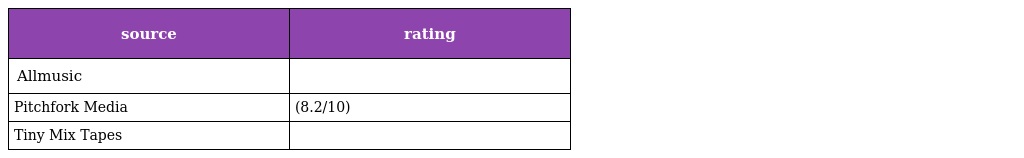
| source | rating |
 | --- | --- |
 | Allmusic |  |
 | Pitchfork Media | (8.2/10) |
 | Tiny Mix Tapes |  |